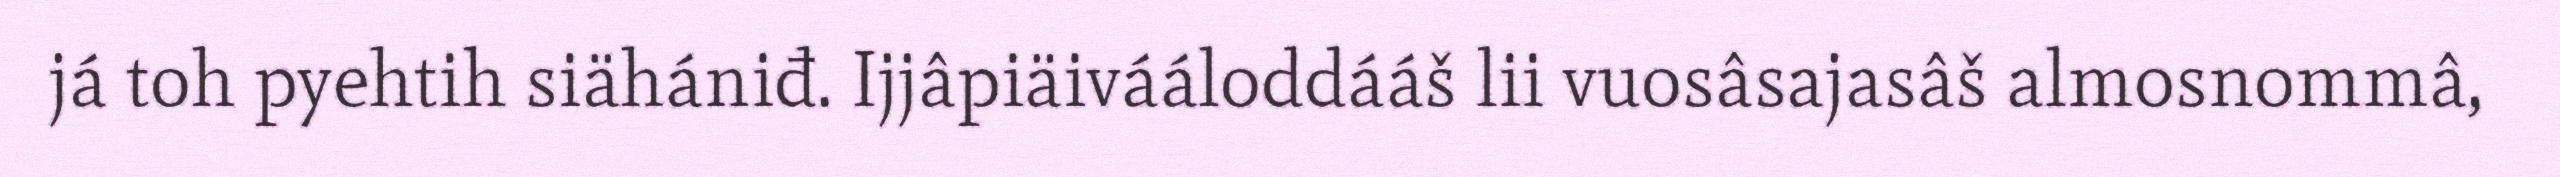
já toh pyehtih siähániđ. Ijjâpiäivááloddááš lii vuosâsajasâš almosnommâ,